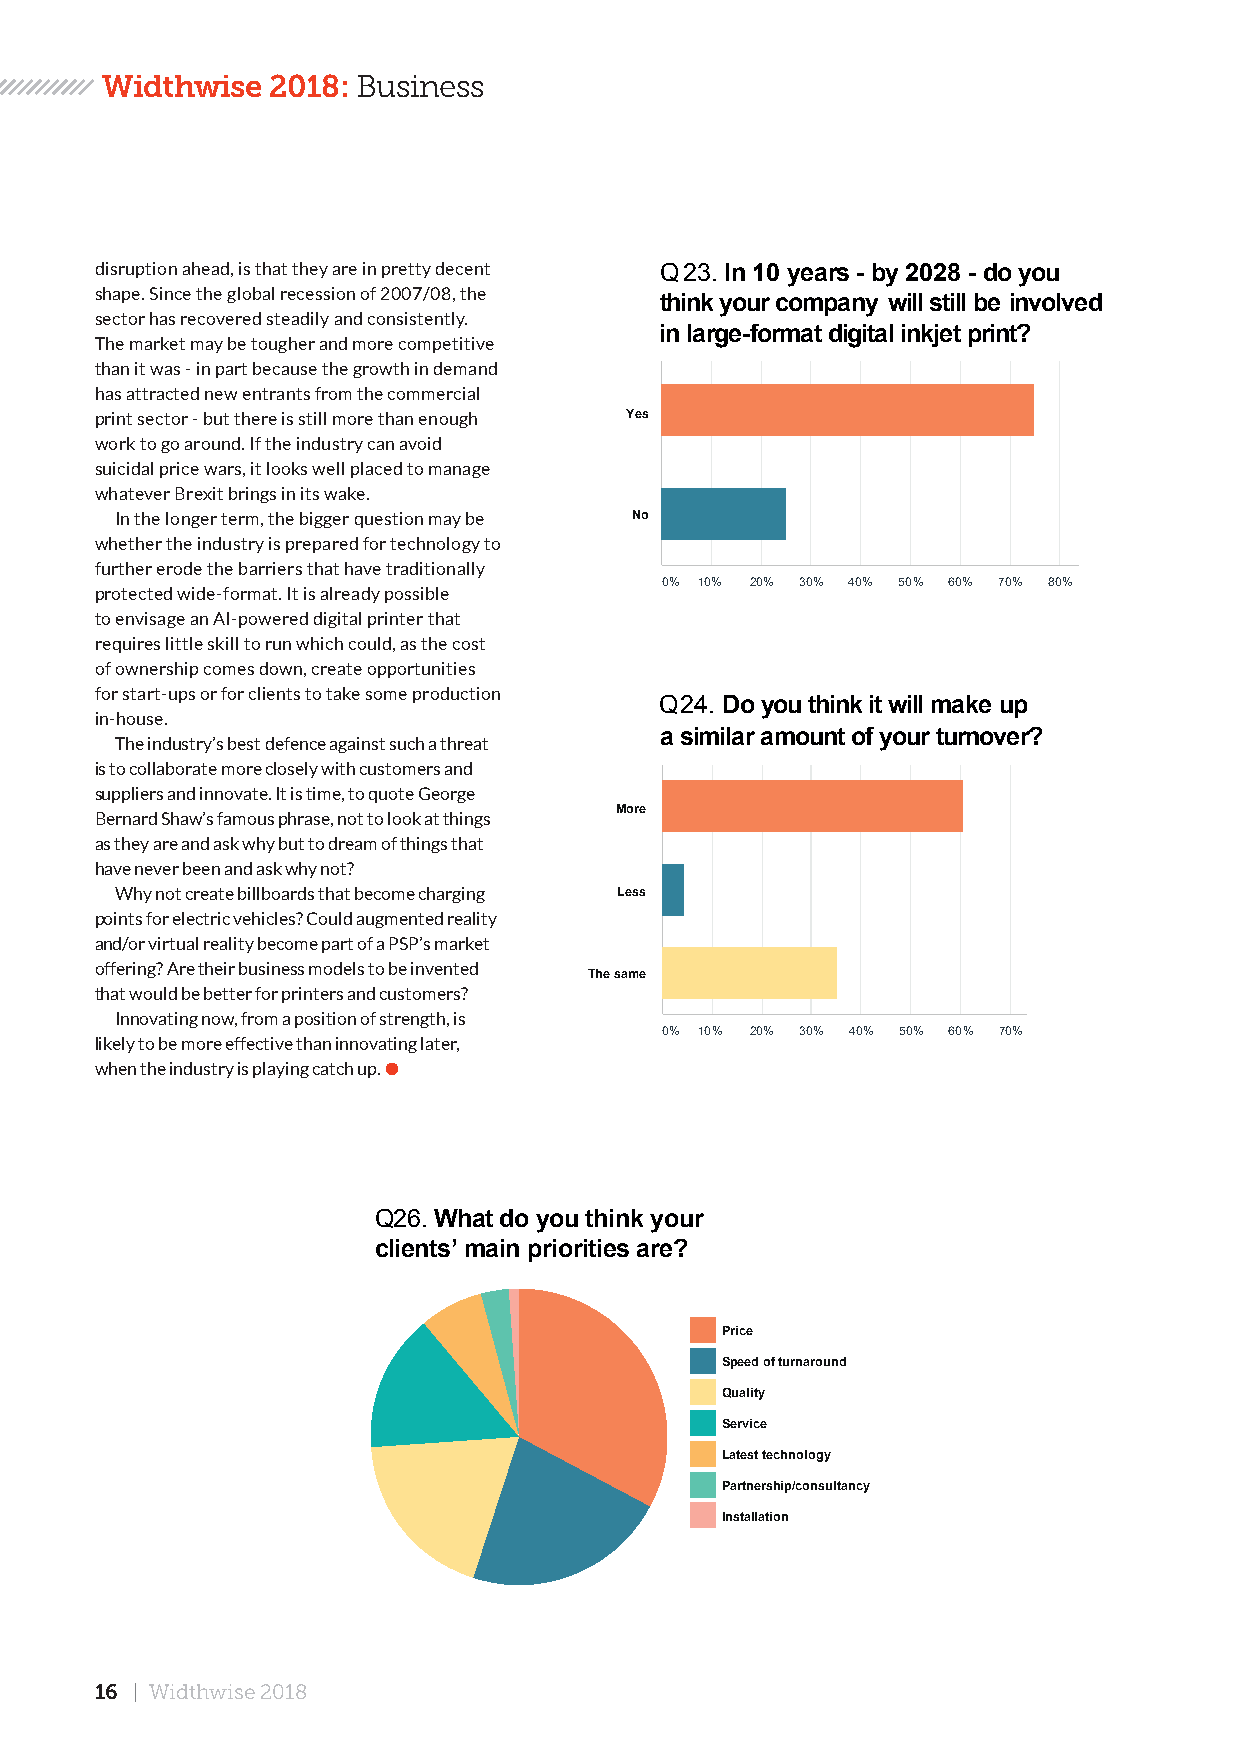
Widthwise  2018: Business
 disruption ahead, is that they are in pretty decent Q 23. In 10 years - by 2028 - do you
 shape. Since the global recession of 2007/08, the think your company will still be involved
 sector has recovered steadily and consistently.
 in large-format digital inkjet print?
 The market may be tougher and more competitive
 than it was - in part because the growth in demand
 has attracted new entrants from the commercial
 print sector - but there is still more than enough Yes
 work to go around. If the industry can avoid
 suicidal price wars, it looks well placed to manage
 whatever Brexit brings in its wake.
 In the longer term, the bigger question may be No
 whether the industry is prepared for technology to
 further erode the barriers that have traditionally
 0% 10% 20% 30% 40% 50% 60% 70% 80%
 protected wide-format. It is already possible
 to envisage an AI-powered digital printer that
 requires little skill to run which could, as the cost
 of ownership comes down, create opportunities
 for start-ups or for clients to take some production
 Q24. Do you think it will make up
 in-house.
 a similar amount of your turnover?
 The industry’s best defence against such a threat
 is to collaborate more closely with customers and
 suppliers and innovate. It is time, to quote George
 More
 Bernard Shaw’s famous phrase, not to look at things
 as they are and ask why but to dream of things that
 have never been and ask why not?
 Why not create billboards that become charging Less
 points for electric vehicles? Could augmented reality
 and/or virtual reality become part of a PSP’s market
 offering? Are their business models to be invented
 The same
 that would be better for printers and customers?
 Innovating now, from a position of strength, is
 0% 10% 20% 30% 40% 50% 60% 70%
 likely to be more effective than innovating later,
 when the industry is playing catch up. ●
 Q26. What do you think your
 clients’ main priorities are?
 Price
 Speed of turnaround
 Quality
 Service
 Latest technology
 Partnership/consultancy
 Installation
 16 | Widthwise 2018